Plague in India, 1896, 1897 - Volume 3
Year: 1896
Disease focus: Plague
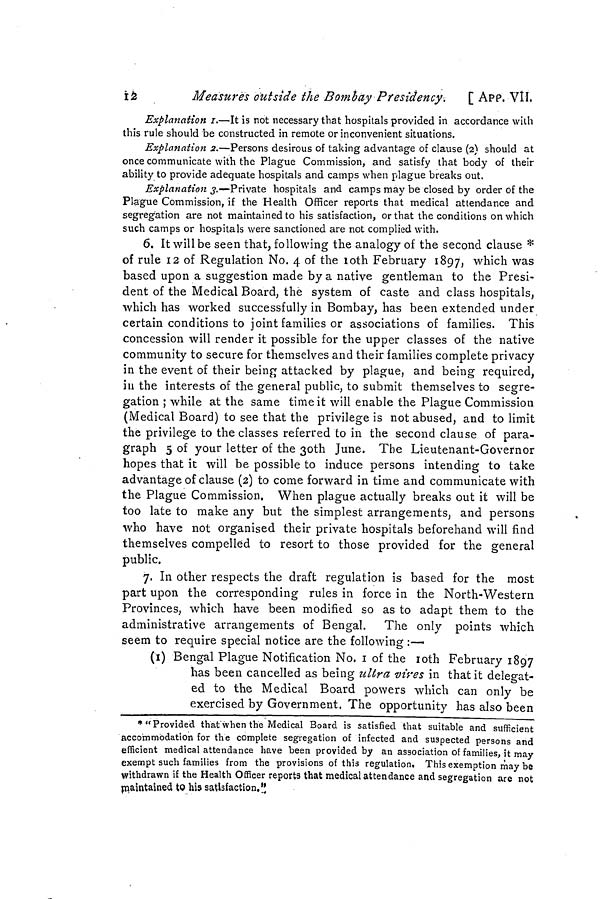
12
Measures outside the Bombay Presidency.
[ APP. VII.
Explanation 1.—It is not necessary that hospitals provided in accordance with
this rule should be constructed in remote or inconvenient situations.
Explanation 2.—Persons desirous of taking advantage of clause (2) should at
once communicate with the Plague Commission, and satisfy that body of their
ability to provide adequate hospitals and camps when plague breaks out.
Explanation 3.—Private hospitals and camps may be closed by order of the
Plague Commission, if the Health Officer reports that medical attendance and
segregation are not maintained to his satisfaction, orthat the conditions on which
such camps or hospitals were sanctioned are not complied with.
6. It will be seen that, following the analogy of the second clause *
of rule 12 of Regulation No. 4 of the loth February 1897, which was
based upon a suggestion made by a native gentleman to the Presi-
dent of the Medical Board, the system of caste and class hospitals,
which has worked successfully in Bombay, has been extended under
certain conditions to joint families or associations of families. This
concession will render it possible for the upper classes of the native
community to secure for themselves and their families complete privacy
in the event of their being attacked by plague, and being required,
in the interests of the general public, to submit themselves to segre-
gation ; while at the same time it will enable the Plague Commission
(Medical Board) to see that the privilege is not abused, and to limit
the privilege to the classes referred to in the second clause of para-
graph 5 of your letter of the 30th June. The Lieutenant-Governor
hopes that it will be possible to induce persons intending to take
advantage of clause (2) to come forward in time and communicate with
the Plague Commission, When plague actually breaks out it will be
too late to make any but the simplest arrangements, and persons
who have not organised their private hospitals beforehand will find
themselves compelled to resort to those provided for the general
public,
7. In other respects the draft regulation is based for the most
part upon the corresponding rules in force in the North-Western
Provinces, which have been modified so as to adapt them to the
administrative arrangements of Bengal. The only points which
seem to require special notice are the following :—
(1) Bengal Plague Notification No. 1 of the 10th February 1897
has been cancelled as being ultra vires in that it delegat-
ed to the Medical Board powers which can only be
exercised by Government. The opportunity has also been
*"Provided that when the Medical Board is satisfied that suitable and sufficient
accommodation for the complete segregation of infected and suspected persons and
efficient medical attendance have been provided by an association of families, it may
exempt such families from the provisions of this regulation This exemption may be
withdrawn if the Health Officer reports that medical attendance and segregation are not
maintained to his satisfaction."